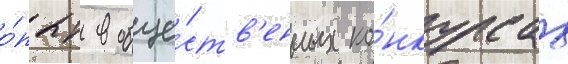
о́пыт в обще́ств'енных ко́нкурсах